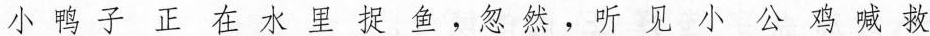
小 鸭 子 正 在 水 里 捉 鱼 ， 忽 然 ， 听 见 小 公 鸡 喊 救